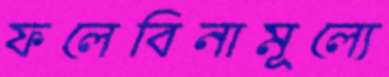
ফলেবিনামূল্যে